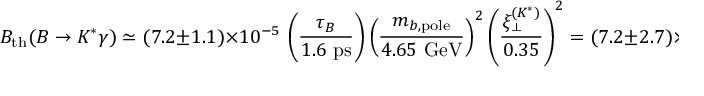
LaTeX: { \cal B } _ { \mathrm { t h } } ( B \to K ^ { * } \gamma ) \simeq ( 7 . 2 \pm 1 . 1 ) \times 1 0 ^ { - 5 } \, \left( \frac { \tau _ { B } } { 1 . 6 ~ \mathrm { p s } } \right) \left( \frac { m _ { b , \mathrm { p o l e } } } { 4 . 6 5 ~ \mathrm { G e V } } \right) ^ { 2 } \left( \frac { \xi _ { \perp } ^ { ( K ^ { * } ) } } { 0 . 3 5 } \right) ^ { 2 } = ( 7 . 2 \pm 2 . 7 ) \times 1 0 ^ { - 5 } ,